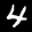
Label: 4